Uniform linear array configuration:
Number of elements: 48
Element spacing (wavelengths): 0.25
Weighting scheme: blackman
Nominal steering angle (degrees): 30
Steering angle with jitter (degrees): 31.001
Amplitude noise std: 0.05
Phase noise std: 0.05

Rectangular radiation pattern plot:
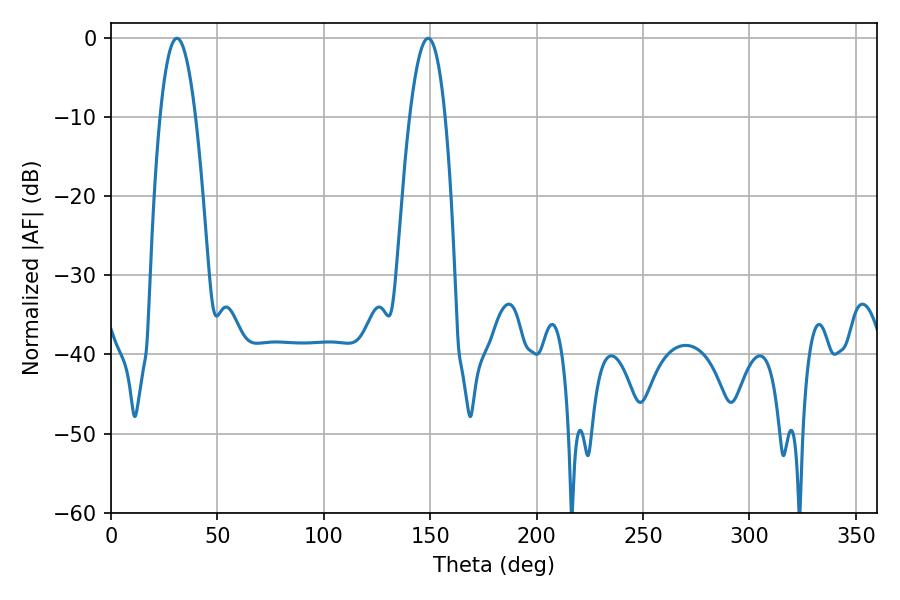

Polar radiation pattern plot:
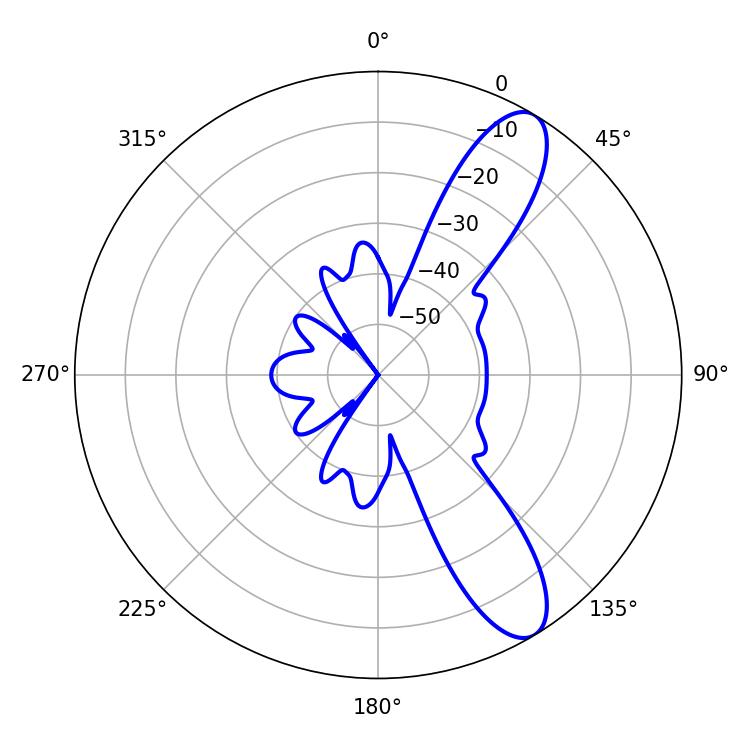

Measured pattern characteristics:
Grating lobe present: FALSE
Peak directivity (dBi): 10.499
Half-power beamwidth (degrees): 9.18
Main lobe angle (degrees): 30.96